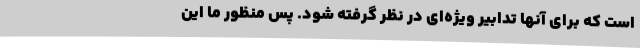
است که برای آنها تدابیر ویژه‌‌ای در نظر گرفته شود. پس منظور ما این